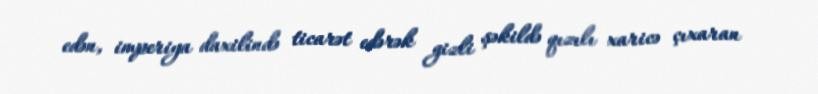
edən, imperiya daxilində ticarət edərək gizli şəkildə qızılı xaricə çıxaran